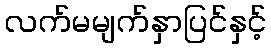
လက်မမျက်နှာပြင်နှင့်